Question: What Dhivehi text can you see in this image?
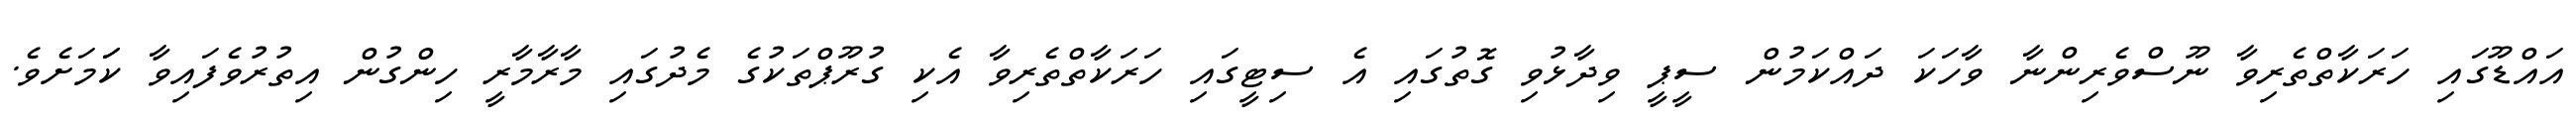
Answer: އައްޑޫގައި ހަރަކާތްތެރިވާ ނޫސްވެރިންނާ ވާހަކަ ދައްކަމުން ސީޕީ ވިދާޅުވި ގޮތުގައި އެ ސިޓީގައި ހަރަކާތްތެރިވާ އެކި ގުރޫޕްތަކުގެ މެދުގައި މާރާމާރީ ހިންގުން އިތުރުވެފައިވާ ކަަމަށެވެ.